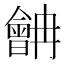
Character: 𱢷